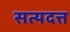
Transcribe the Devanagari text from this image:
सत्यदत्त